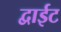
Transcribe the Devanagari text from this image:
द्वाईट